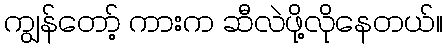
ကျွန်တော့် ကားက ဆီလဲဖို့လိုနေတယ်။